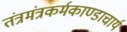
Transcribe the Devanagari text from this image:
तंत्रमंत्रकर्मकाण्डाचार्य